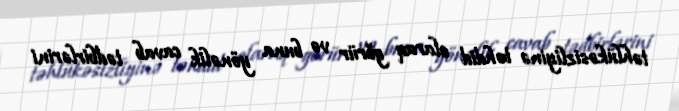
təhlükəsizliyinə təhdid olaraq görür və buna yönəlik cavab tədbirlərini